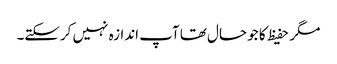
مگر حفیظ کا جو حال تھا آپ اندازہ نہیں کرسکتے۔